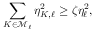
\sum _ { K \in \mathcal { M } _ { \ell } } \eta _ { K , \ell } ^ { 2 } \ge \zeta \eta _ { \ell } ^ { 2 } ,